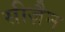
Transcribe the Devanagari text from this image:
सीज़ैन